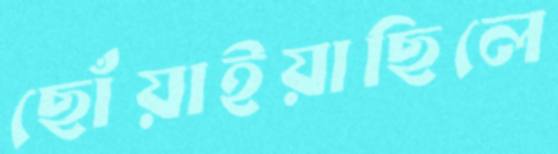
ছোঁয়াইয়াছিলে